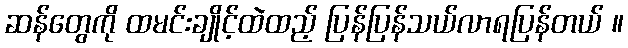
ဆန်တွေကို ထမင်းချိုင့်ထဲထည့် ပြန်ပြန်သယ်လာရပြန်တယ် ။